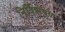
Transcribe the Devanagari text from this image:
निर्विशेषण